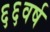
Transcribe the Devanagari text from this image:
६६वर्ष